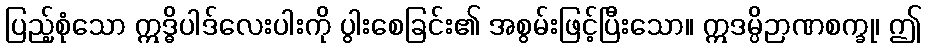
ပြည့်စုံသော ဣဒ္ဓိပါဒ်လေးပါးကို ပွါးစေခြင်း၏ အစွမ်းဖြင့်ပြီးသော။ ဣဒမ္ပိဉာဏစက္ခု၊ ဤ